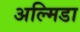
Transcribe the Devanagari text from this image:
अल्मिडा